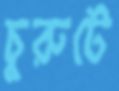
চুরুটে